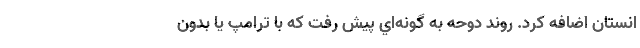
انستان اضافه كرد. روند دوحه به گونه‌اي پيش رفت كه با ترامپ يا بدون